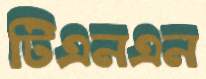
টিএনএন